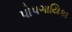
પોપગાયિકા